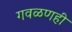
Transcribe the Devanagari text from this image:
गवळणही